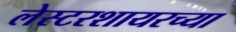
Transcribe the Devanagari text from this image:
लेस्टरशायरच्या